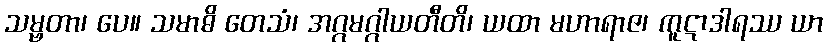
သမ္ဗတာ၊ ပေ။ သမာဓိ တေသံ၊ အဂ္ဂမဂ္ဂါယတီတိ၊ ယထာ မဟာရာဇ၊ ကူဋာဒါရဿ ယာ